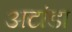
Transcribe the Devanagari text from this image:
अटांडा